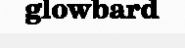
glowbard